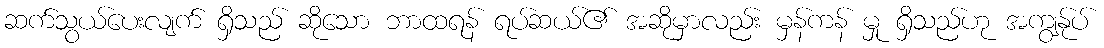
ဆက်သွယ်ပေးလျက် ရှိသည် ဆိုသော ဘာထရန် ရပ်ဆယ်၏ အဆိုမှာလည်း မှန်ကန် မှု ရှိသည်ဟု အကျွန်ုပ်